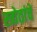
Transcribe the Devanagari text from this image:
स्त्रोतांचे